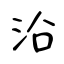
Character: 沿